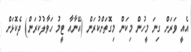
އެއީ ވަރަށް ގިނަ މީހުން މިކަން މިގޮތަށްކުރަން (އޭނާއާ ޓީމު ހަވާލުކުރަން) ދެކޮޅަށް